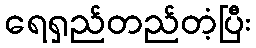
ရေရှည်တည်တံ့ပြီး